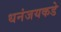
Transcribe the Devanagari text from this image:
धनंजयकडे